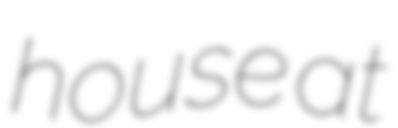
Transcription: house at